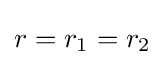
r=r_{1}=r_{2}